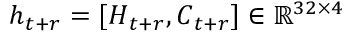
\boldsymbol h _ { t + r } = [ \boldsymbol H _ { t + r } , \boldsymbol C _ { t + r } ] \in \mathbb { R } ^ { 3 2 \times 4 }